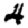
Digit: 4